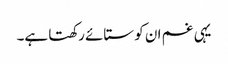
یہی غم ان کو ستائے رکھتا ہے۔